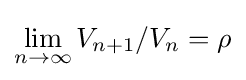
\lim _{n\rightarrow \infty }V_{n+1}/V_{n}=\rho